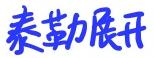
泰勒展开